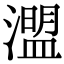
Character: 𤀄